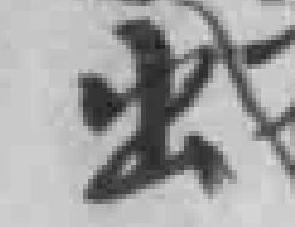
出